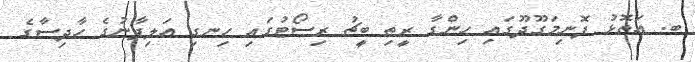
ބ. އަތޮޅު ފޮނިމަގޫދޫގައި ހިންގާ ރީތި ބީިޗު ރިސޯޓުގައި ހިނގި އަލިފާނުގެ ހާދިސާގެ